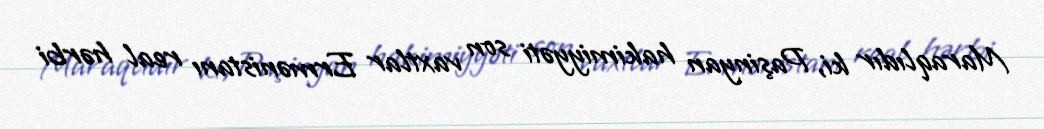
Maraqlıdır ki, Paşinyan hakimiyyəti son vaxtlar Ermənistanı real hərbi